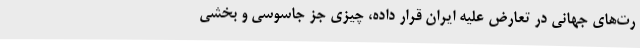
رت‌های جهانی در تعارض علیه ایران قرار داده، چیزی جز جاسوسی و بخشی